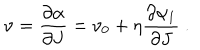
\nu = { \frac { \partial \alpha } { \partial J } } = \nu _ { 0 } + \eta { \frac { \partial \alpha _ { 1 } } { \partial J } } ~ .